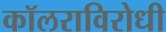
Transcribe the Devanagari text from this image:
कॉलराविरोधी